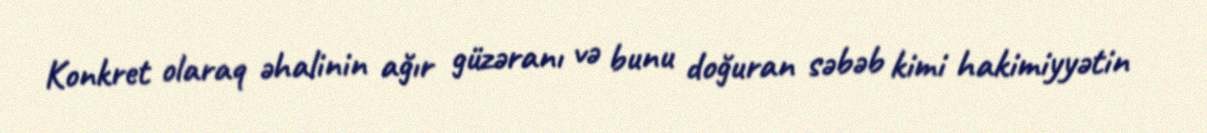
Konkret olaraq əhalinin ağır güzəranı və bunu doğuran səbəb kimi hakimiyyətin